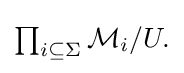
{\textstyle \prod _{i\subseteq \Sigma }{\mathcal {M}}_{i}/U.}